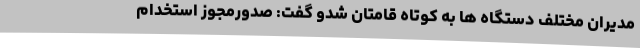
مدیران مختلف دستگاه ها به کوتاه قامتان شدو گفت: صدورمجوز استخدام